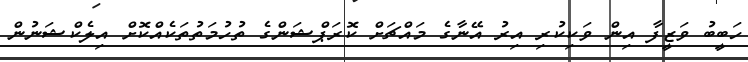
ހަބީބު ވަޒީފާ އިން ވަކިކުރި އިރު އޭނާގެ މައްޗަށް ކޮރަޕްޝަންގެ ތުހުމަތުތަކެއްކޮށް އިލެކްޝަނުން